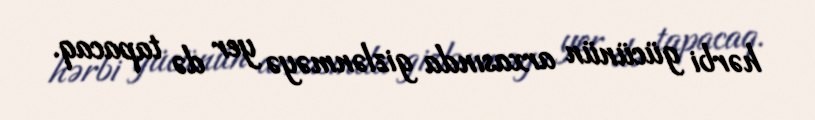
hərbi gücünün arxasında gizlənməyə yer də tapacaq.